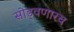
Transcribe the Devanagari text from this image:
सोड्वणारच